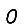
Digit: 0